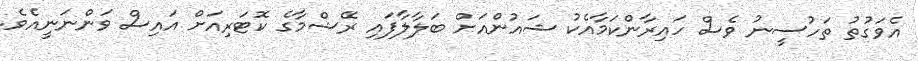
އެވަގުތު ތަހުސީނު ވެސް ހައިރާންކަމާއެކު ޝައުންއަށް ބަލާލާފައި ރޭޝްމާގެ ކޮޓަރިއަށް އައިސް ވަންނަނީއެވެ.